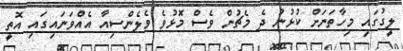
ލީގުގައި މިހާތަނަށް ކުޅުނު ދެ މެޗުން ވެސް މޮޅުވެ ވެލެންސިއާ އެއްވަނައިގައި އޮތީ